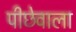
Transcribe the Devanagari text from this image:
पीछेवाला